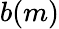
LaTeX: b(m)